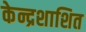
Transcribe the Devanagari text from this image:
केन्द्रशाशित